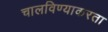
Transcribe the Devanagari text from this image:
चालविण्याकरता